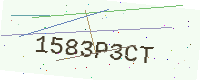
Text: 1583P3CT